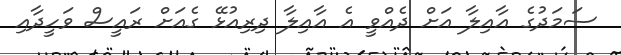
ސަމަދުގެ އާއިލާ އަށް ދެއްވީ އެ އާއިލާ ދިރިއުޅޭ ގެއަށް ރައީސް ވަހީދާއި